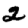
Digit: 2